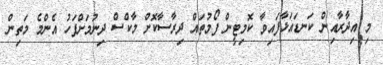
މި އިދާރާއިން ކަނޑައަޅާފައިވާ ކޮމިޓީން ފޯމުތައް ދިރާސާކޮށް މާކްސް ދިނުމަށްފަހު އެންމެ މަތިން